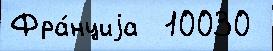
Фра́нциjа  10030